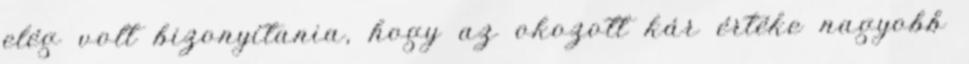
elég volt bizonyítania, hogy az okozott kár értéke nagyobb